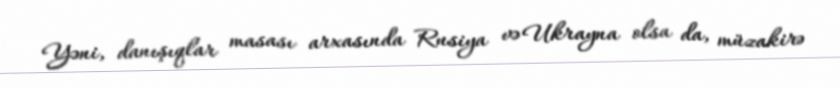
Yəni, danışıqlar masası arxasında Rusiya və Ukrayna olsa da, müzakirə